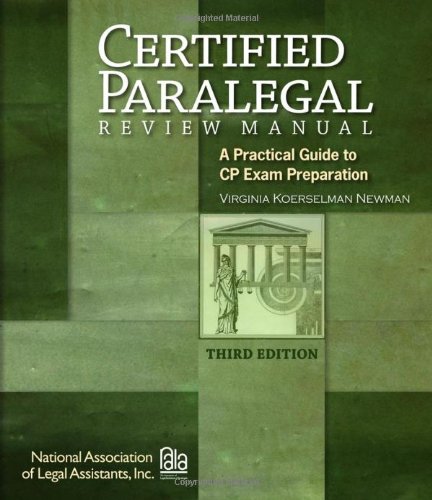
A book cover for Certified Paralegal Review Manual: A Practical Guide to CP Exam Preparation (Test Preparation); Virginia Koerselman Newman; Test Preparation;